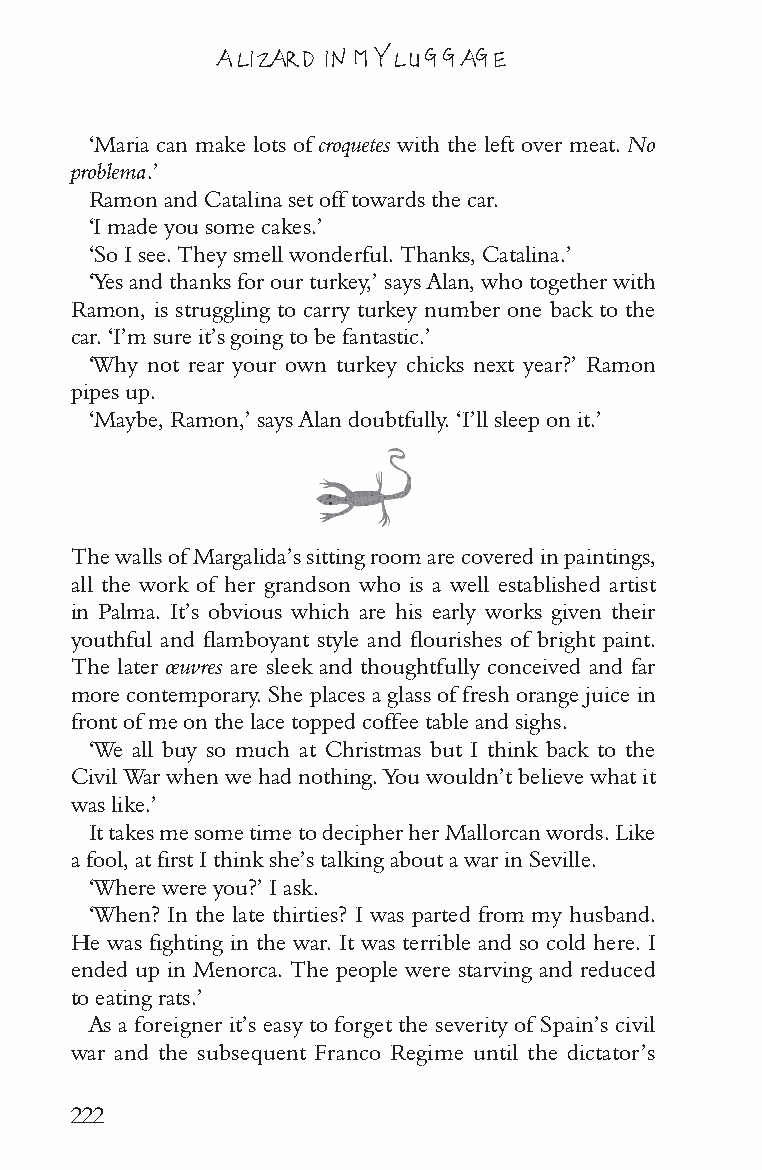
A LIZARD IN MY LUGGAGE
 ‘Maria can make lots of croquetes with the left over meat. No
 problema.’
 Ramon and Catalina set off towards the car.
 ‘I made you some cakes.’
 ‘So I see. They smell wonderful. Thanks, Catalina.’
 ‘Yes and thanks for our turkey,’ says Alan, who together with
 Ramon, is struggling to carry turkey number one back to the
 car. ‘I’m sure it’s going to be fantastic.’
 ‘Why not rear your own turkey chicks next year?’ Ramon
 pipes up.
 ‘Maybe, Ramon,’ says Alan doubtfully. ‘I’ll sleep on it.’
 The walls of Margalida’s sitting room are covered in paintings,
 all the work of her grandson who is a well established artist
 in Palma. It’s obvious which are his early works given their
 youthful and flamboyant style and flourishes of bright paint.
 The later œuvres are sleek and thoughtfully conceived and far
 more contemporary. She places a glass of fresh orange juice in
 front of me on the lace topped coffee table and sighs.
 ‘We all buy so much at Christmas but I think back to the
 Civil War when we had nothing. You wouldn’t believe what it
 was like.’
 It takes me some time to decipher her Mallorcan words. Like
 a fool, at first I think she’s talking about a war in Seville.
 ‘Where were you?’ I ask.
 ‘When? In the late thirties? I was parted from my husband.
 He was fighting in the war. It was terrible and so cold here. I
 ended up in Menorca. The people were starving and reduced
 to eating rats.’
 As a foreigner it’s easy to forget the severity of Spain’s civil
 war and the subsequent Franco Regime until the dictator’s
 222